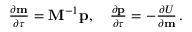
\begin{array} { r } { \frac { \partial \mathbf { m } } { \partial \tau } = \mathbf { M } ^ { - 1 } \mathbf { p } , \quad \frac { \partial \mathbf { p } } { \partial \tau } = - \frac { \partial U } { \partial \mathbf { m } } \, . } \end{array}